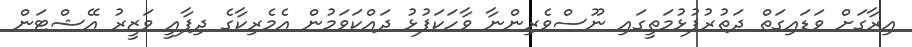
އިރާގަށް ވަޑައިގަތް ދަތުރުފުޅުމަތީގައި ނޫސްވެރިންނާ ވާހަކަފުޅު ދައްކަވަމުން އެމެރިކާގެ ދިފާއީ ވަޒީރު އޭޝްޓަން